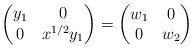
LaTeX: \begin{align*}\begin{pmatrix}y_1 & 0\\ 0 & x^{1/2}y_1\end{pmatrix}=\begin{pmatrix} w_1 & 0 \\ 0 & w_2\end{pmatrix}\end{align*}